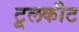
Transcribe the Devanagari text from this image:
टूलकीट